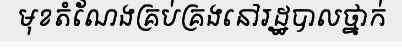
មុខតំណែងគ្រប់គ្រងនៅរដ្ឋបាលថ្នាក់